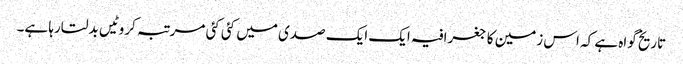
تاریخ گواہ ہے کہ اس زمین کا جغرافیہ ایک ایک صدی میں کئی کئی مرتبہ کروٹیں بدلتارہا ہے۔